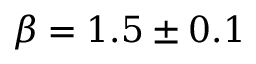
\beta = 1 . 5 \pm 0 . 1